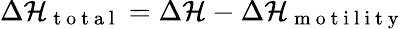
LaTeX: \Delta\mathcal{H}_{\mathrm{~t~o~t~a~l~}}=\Delta\mathcal{H}-\Delta\mathcal{H}_{\mathrm{~m~o~t~i~l~i~t~y~}}